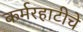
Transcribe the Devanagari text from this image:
कर्मरहाटीचे